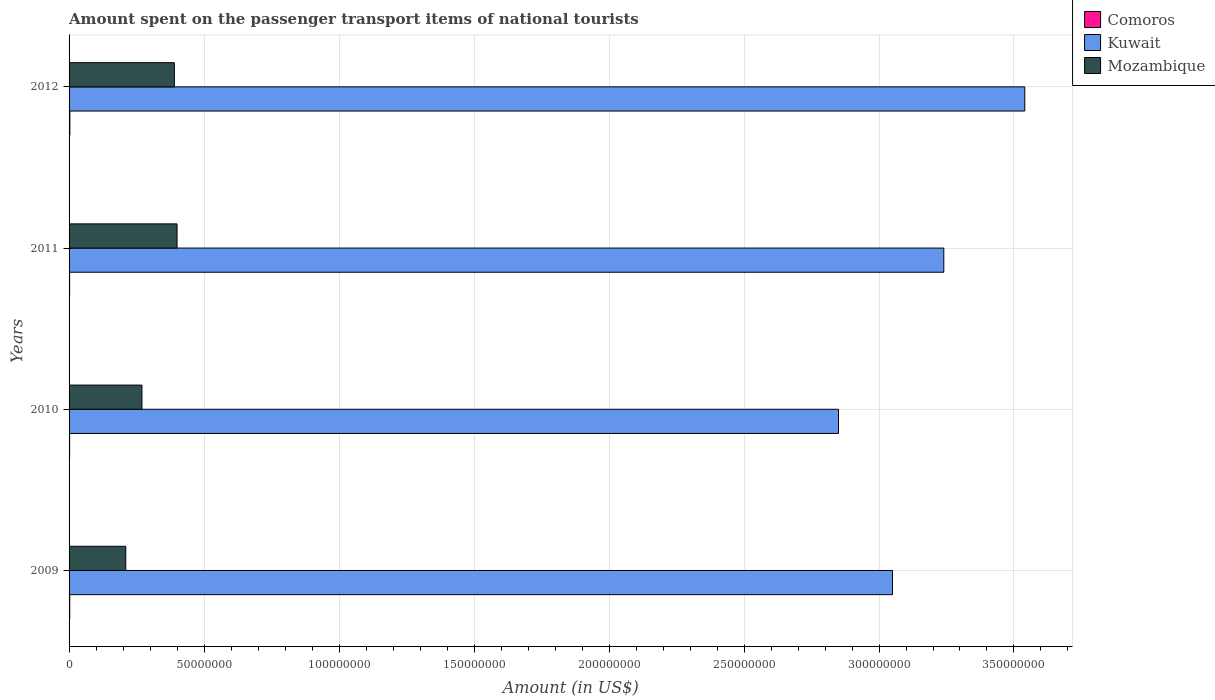
| Years | Comoros | Kuwait | Mozambique |
 | --- | --- | --- | --- |
 | 2009 | 2.5e+05 | 3.05e+08 | 2.1e+07 |
 | 2010 | 2e+05 | 2.85e+08 | 2.7e+07 |
 | 2011 | 2e+05 | 3.24e+08 | 4e+07 |
 | 2012 | 3e+05 | 3.54e+08 | 3.9e+07 |